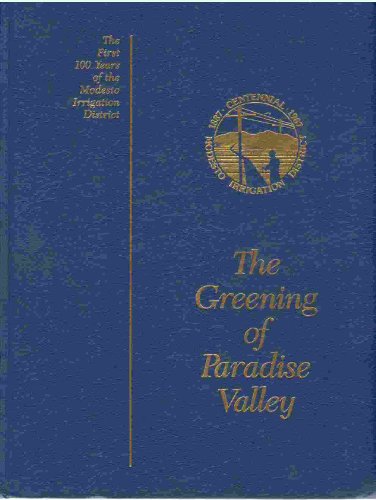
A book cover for The Greening of Paradise Valley: The First 100 Years of the Modesto Irrigation District; Dwight H. Barnes; Science & Math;